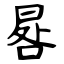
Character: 晷